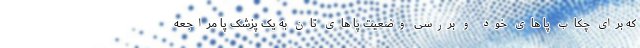
که برای چکاب پا های خود و بررسی وضعیت پا های تان به یک پزشک پا مراجعه